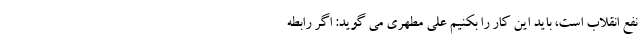
نفع انقلاب است، باید این کار را بکنیم علی مطهری می گوید: اگر رابطه